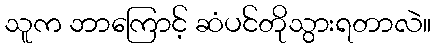
သူက ဘာကြောင့် ဆံပင်တိုသွားရတာလဲ။